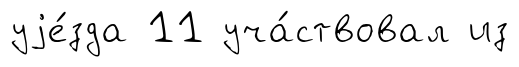
уjе́зда 11 уча́ствовал из